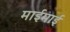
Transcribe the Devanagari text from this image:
माईमाई